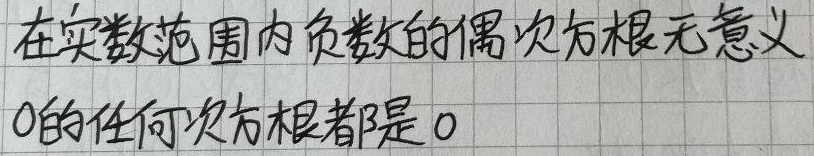
在实数范围内，负数的偶次方根无意义，\(0\)的任何次方根都是\(0\)。